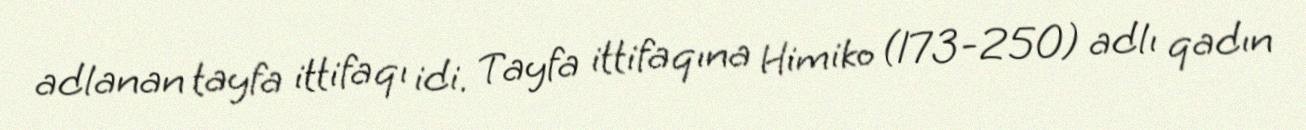
adlanan tayfa ittifaqı idi. Tayfa ittifaqına Himiko (173-250) adlı qadın